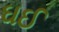
ઘઈ